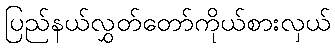
ပြည်နယ်လွှတ်တော်ကိုယ်စားလှယ်